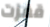
قفزت